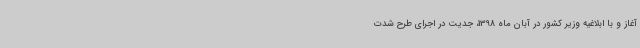
آغاز و با ابلاغیه وزیر کشور در آبان ماه 1398، جدیت در اجرای طرح شدت